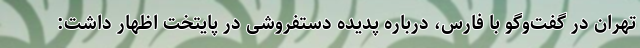
تهران در گفت‌وگو با فارس، درباره پدیده دستفروشی در پایتخت اظهار داشت: